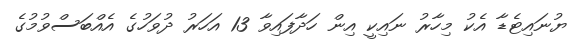
ޔުނައިޓެޑާ އެކު މިހާރު ނައިކީ އިން ހަދާފައިވާ 13 އަހަރު ދުވަހުގެ އެއްބަސްވުމުގެ